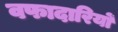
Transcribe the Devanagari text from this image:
वफादारियों